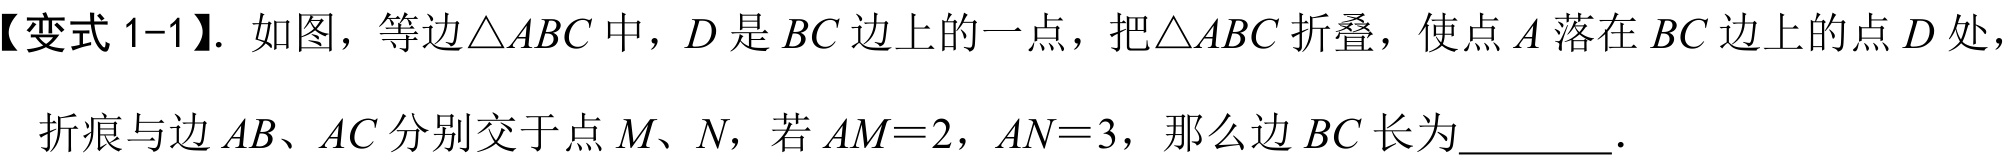
【变式 1-1】. 如图，等边\(\triangle ABC\)中，\(D\)是\(BC\)边上的一点，把\(\triangle ABC\)折叠，使点\(A\)落在\(BC\)边上的点\(D\)处，折痕与边\(AB、AC\)分别交于点\(M、N\)，若\(AM = 2\)，\(AN = 3\)，那么边\(BC\)长为  ．